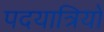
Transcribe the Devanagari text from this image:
पदयात्रियों